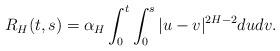
LaTeX: \begin{align*}R_H(t,s)=\alpha_H\int_0^t\int_0^s|u-v|^{2H-2}dudv.\end{align*}